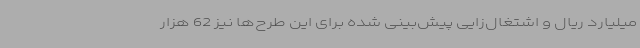
میلیارد ریال و اشتغال‌زایی پیش‌بینی شده برای این طرح‌ها نیز 62 هزار